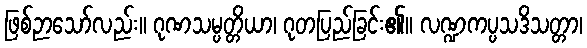
ဖြစ်ဉာသော်လည်း။ ဂုဏသမ္ပတ္တိယာ၊ ဂုတပြည်ခြင်း၏။ လဏ္ဍကပ္ပသဒိသတ္တာ၊